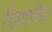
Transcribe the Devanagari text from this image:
दिशाहीन।